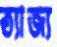
ত্যাজ্য